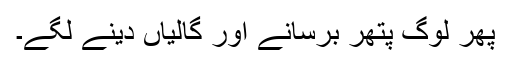
پھر لوگ پتھر برسانے اور گالیاں دینے لگے۔